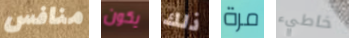
منافس يكون ذلك مرة خاطيء